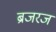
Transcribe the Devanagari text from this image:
ब्रजरज